Quinine and its salts - Number 41
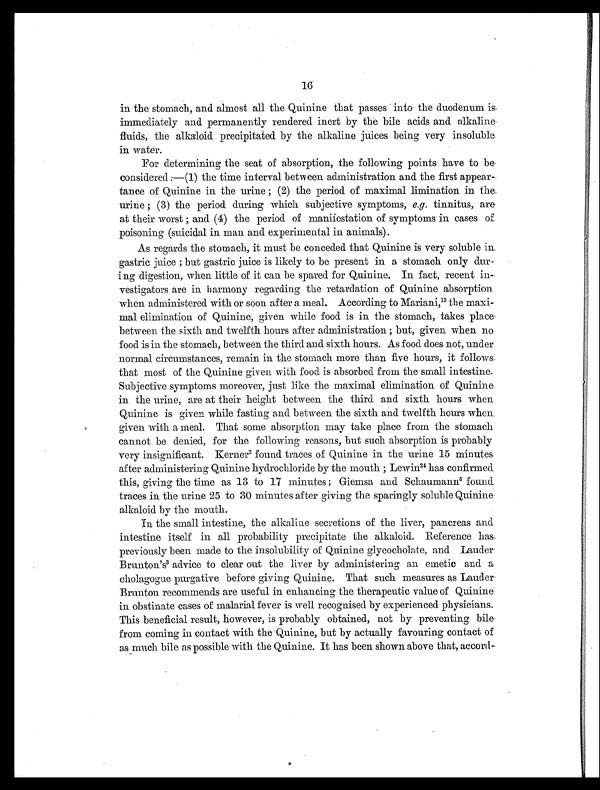
16
in the stomach, and almost all the Quinine that passes into the duodenum is
immediately and permanently rendered inert by the bile acids and alkaline
fluids, the alkaloid precipitated by the alkaline juices being very insoluble
in water .
For determining the seat of absorption, the following points have to be
considered:—(1) the time interval between administration and the first appear-
tance of Quinine in the urine; (2) the period of maximal limination in the
urine; (3) the period during which subjective symptoms, e.g. tinnitus, are
at their worst; and (4) the period of manifestation of symptoms in cases of
poisoning (suicidal in man and experimental in animals).
As regards the stomach, it must be conceded that Quinine is very soluble in
gastric juice; but gastric juice is likely to be present in a stomach only dur
ing digestion, when little of it can be spared for Quinine. In fact, recent in-
vestigators are in harmony regarding the retardation of Quinine absorption
when administered with or soon after a meal. According to Mariani, 13 the maxi-
mal elimination of Quinine, given while food is in the stomach, takes place
between the sixth and twelfth hours after administration; but, given when no
food is in the stomach, between the third and sixth hours. As food does not, under
normal circumstances, remain in the stomach more than five hours, it follows
that most of the Quinine given with food is absorbed from the small intestine.
Subjective symptoms moreover, just like the maximal elimination of Quinine
in the urine, are at their height between the third and sixth hours when
Quinine is given while fasting and between the sixth and twelfth hours when
given with a meal. That some absorption may take place from the stomach
cannot be denied, for the following reasons, but such absorption is probably
very insignificant. Kerner 2 f o u n d t r a c e s o f Q u i n i n e i n t h e u r i n e 1 5 m i n u t e s
after administering Quinine hydrochloride by the mouth; Lewin 2 4
h a s c o n f i r m e d
this, giving the time as 13 to 17 minutes; Giemsa and Schaumann 5 found
traces in the urine 25 to 30 minutes after giving the sparingly soluble Quinine
alkaloid by the mouth.
In the small intestine, the alkaline secretions of the liver, pancreas and
intestine itself in all probability precipitate the alkaloid. Reference has
previously been made to the insolubility of Quinine glycocholate, and Lauder
Brunton's3 advice to clear out the liver by administering an emetic and a
cholagogue purgative before giving Quinine. That such measures as Lauder
Brunton recommends are useful in enhancing the therapeutic value of Quinine
in obstinate cases of malarial fever is well recognised by experienced physicians.
This beneficial result, however, is probably obtained, not by preventing bile
from coming in contact with the Quinine, but by actually favouring contact of
as much bile as possible with the Quinine. It has been shown above that, accord-